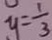
y = \frac { 1 } { 3 }